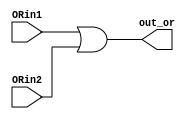
module ORX(out_or, ORin1, ORin2);

    output  [31:0]  out_or;
    input   [31:0]  ORin1, ORin2;

    assign	out_or = ORin1 | ORin2;

endmodule